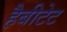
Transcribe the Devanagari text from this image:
हैबीटेट